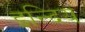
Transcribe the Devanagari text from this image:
इन्दिय